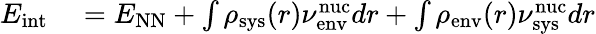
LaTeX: \begin{array}{rl}{E_{\textrm{int}}}&{{}=E_{\mathrm{NN}}+\int\rho_{\textrm{sys}}(r)\nu_{\textrm{env}}^{\textrm{nuc}}dr+\int\rho_{\textrm{env}}(r)\nu_{\textrm{sys}}^{\textrm{nuc}}dr}\end{array}